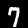
Label: 7